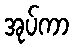
အုပ်ကာ